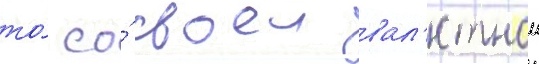
то́ со́ своеи вал'ютнои